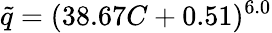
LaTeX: \tilde{q}=(38.67C+0.51)^{6.0}